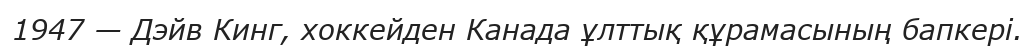
1947 — Дэйв Кинг, хоккейден Канада ұлттық құрамасының бапкері.